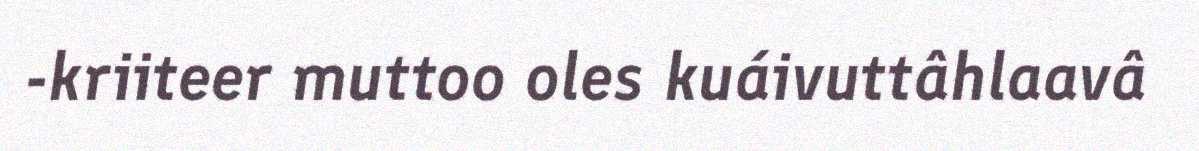
-kriiteer muttoo oles kuáivuttâhlaavâ